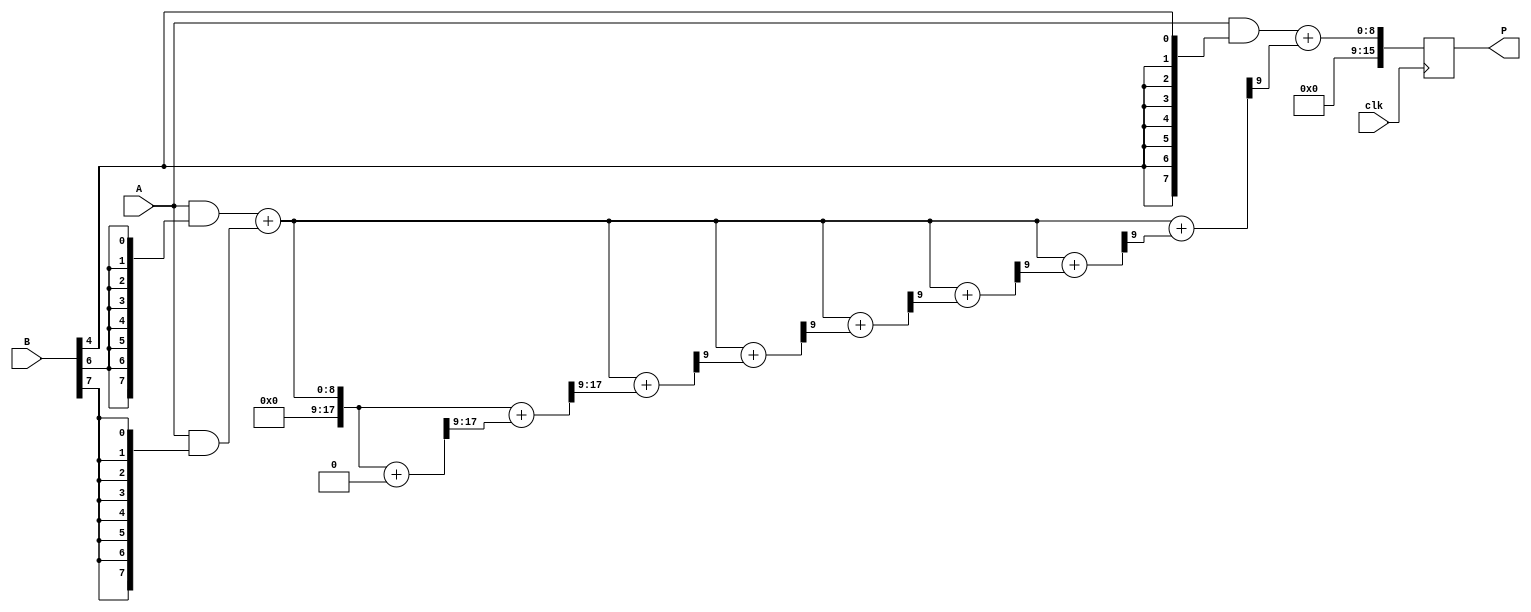
module WallaceTreeMultiplier #(parameter N = 8) (
    input wire clk,                // Clock signal
    input wire [N-1:0] A,         // Multiplicand
    input wire [N-1:0] B,         // Multiplier
    output reg [2*N-1:0] P        // Product
);
    // Partial product generation
    reg [N-1:0] pp [0:N-1]; // Partial products
    reg [N:0] sum [0:N];    // Used for carry-save addition
    reg [N:0] carry [0:N];  // Carry values

    integer i, j;

    // Sequential process to generate partial products
    always @(posedge clk) begin
        // Generate partial products
        for (i = 0; i < N; i = i + 1) begin
            pp[i] = A & {N{B[i]}}; // Generate the i-th partial product
        end
       
        // Initialize the first layer of CSA
        for (i = 0; i < N; i = i + 1) begin
            sum[i] = pp[i];
            carry[i] = 0;
        end
        
        // Perform CSA reduction
        for (j = 0; j < N; j = j + 1) begin
            // Combine the partial products two at a time
            for (i = 0; i < N/2; i = i + 1) begin
                {carry[i], sum[i]} = sum[2*i] + sum[2*i+1] + carry[i]; // CA 
            end
            
            // Reduce odd number of partial products
            if (N % 2 == 1) begin
                sum[N/2] = sum[N-1]; // Last product if exists
                carry[N/2] = 0; // Reset carry
            end
        end

        // Final addition of last two sums
        if (N % 2 == 1) 
            P = sum[N/2] + carry[N/2];
        else
            P = sum[N/2] + carry[N/2 - 1]; // last carry
        
    end
endmodule